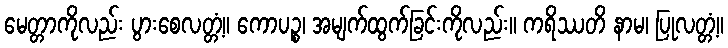
မေတ္တာကိုလည်း ပွားစေလတ္တံ့။ ကောပဉ္စ၊ အမျက်ထွက်ခြင်းကိုလည်း။ ကရိဿတိ နာမ၊ ပြုလတ္တံ့။